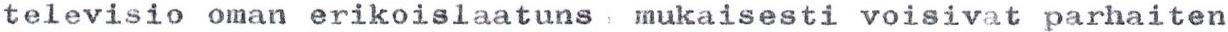
televisio oman erikoislaatuns : mukaisesti voisivat parhaiten